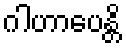
ဂါဟာပေန္တိ